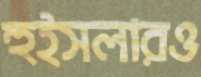
হুইসলারও